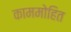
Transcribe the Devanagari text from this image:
काममोहित